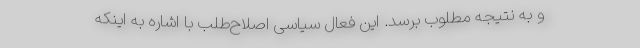
و به نتیجه مطلوب برسد. این فعال سیاسی اصلاح‌طلب با اشاره به اینکه